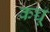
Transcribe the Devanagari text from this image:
कच्चू